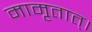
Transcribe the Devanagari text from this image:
मामृतात्‌।